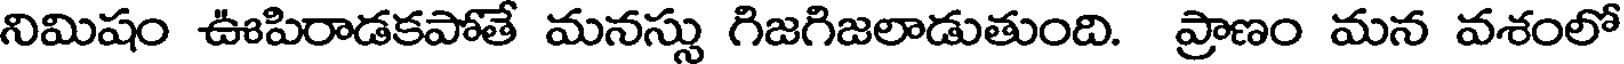
నిమిషం ఊపిరాడకపోతే మనస్సు గిజగిజలాడుతుంది. ప్రాణం మన వశంలో